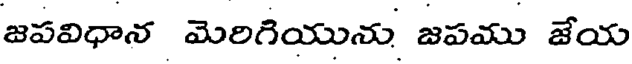
జపవిధాన మెరిగియును జపము జేయ